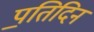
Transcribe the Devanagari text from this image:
प॒तिदिन